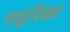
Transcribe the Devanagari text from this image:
मधुरिका